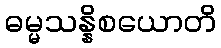
ဓမ္မသန္နိစယောတိ